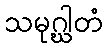
သမုဂ္ဃါတံ